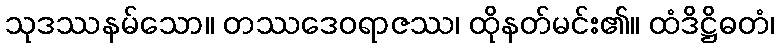
သုဒဿနမ်သော။ တဿဒေဝရာဇဿ၊ ထိုနတ်မင်း၏။ ထံဒိဋ္ဌိဓတံ၊